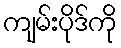
ကျမ်းပိုဒ်ကို